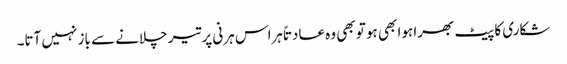
شکاری کا پیٹ بھرا ہوا بھی ہو تو بھی وہ عادتاً ہراس ہرنی پر تیر چلانے سے باز نہیں آتا۔